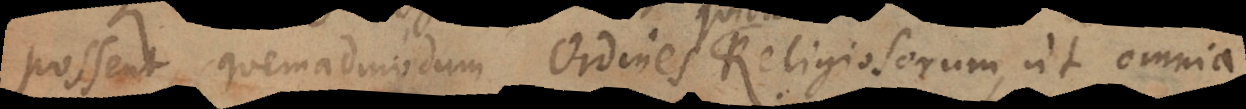
possent, quemadmodum Ordines Religiosorum, ut omnia